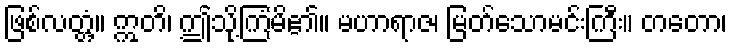
ဖြစ်လတ္တံ့။ ဣတိ၊ ဤသို့ကြံမိ၏။ မဟာရာဇ၊ မြတ်သောမင်းကြီး။ တတော၊